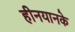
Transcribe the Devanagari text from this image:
हीनयानके